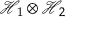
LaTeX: { \mathcal { H } } _ { 1 } \otimes { \mathcal { H } } _ { 2 }